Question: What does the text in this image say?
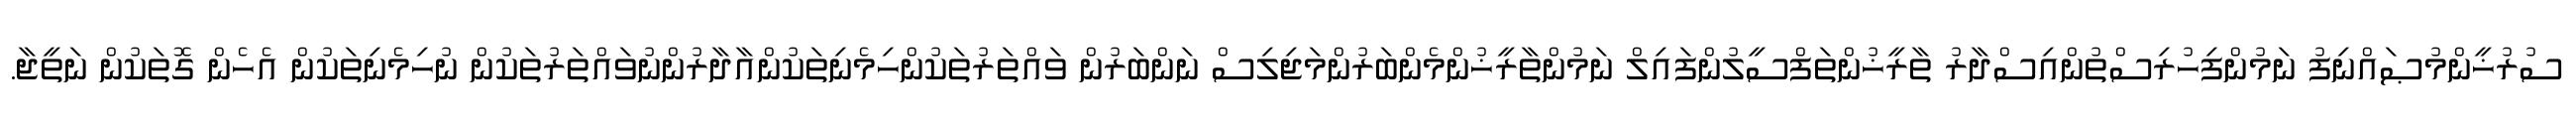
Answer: ސުރުޚީންމުޞައްނިފު ނަމުންފިހުރިސްތުންއިސްދާރު ތާރީޚުންތަފްސީލުންފައިލް ނަމުންތާރީޚުންމެންބަރުންމަޖިލިސް ނަންބަރުން ވައްތަރުތަކުންހިމެނިތަކުންއާދާރުންނުވައްތަރުތަކުން ނުހިމެނިތަކުން އެހެން ގޮތަކުން ނަތީޖާ.